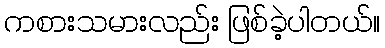
ကစားသမားလည်း ဖြစ်ခဲ့ပါတယ်။